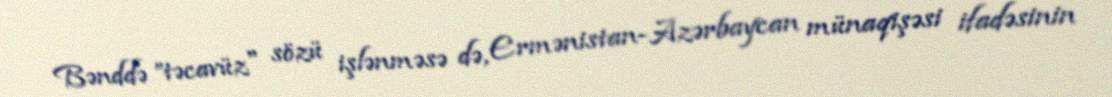
Bənddə ”təcavüz" sözü işlənməsə də, Ermənistan-Azərbaycan münaqişəsi ifadəsinin